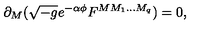
\partial _ { M } ( \sqrt { - g } e ^ { - \alpha \phi } F ^ { M M _ { 1 } . . . M _ { q } } ) = 0 ,